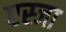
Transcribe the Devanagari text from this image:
एस्जा